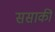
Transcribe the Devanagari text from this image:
ससाकी